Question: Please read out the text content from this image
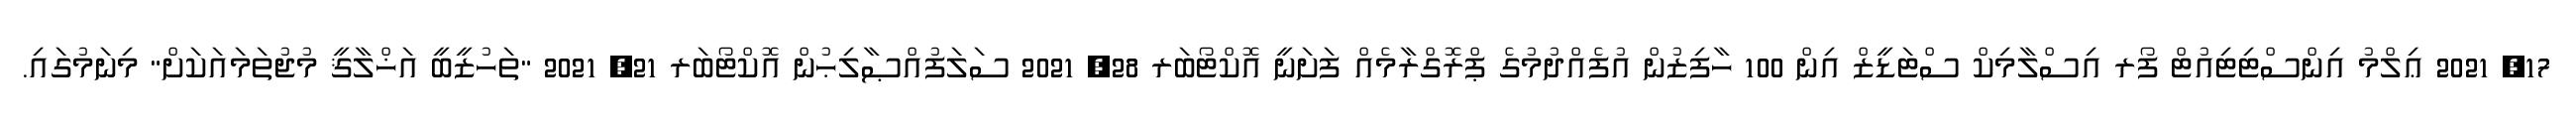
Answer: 17, 2021 ޢިލްމު އިންސްޓިޓިއުޓް ފޯރ އިސްލާމިކް ސްޓަޑީޒް އިން 100 ހާފިޒުން އުފެއްދުމުގެ ޕްރޮގްރާމެއް ފަށަނީ އޮކްޓޯބަރ 28, 2021 ސަލަފުއްޞާލިޙުން އޮކްޓޯބަރ 21, 2021 "ތަހުޒީބީ އަޚްލާޤީ މުޖުތަމައަކަށް" މިނަމުގައި.